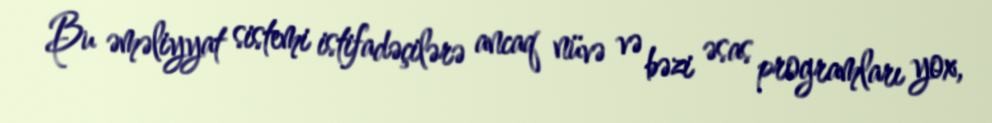
Bu əməliyyat sistemi istifadəçilərə ancaq nüvə və bəzi əsas programları yox,